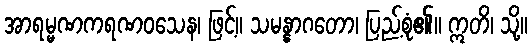
အာရမ္မဏကရဏဝသေန၊ ဖြင့်။ သမန္နာဂတော၊ ပြည့်စုံ၏။ ဣတိ၊ သို့။